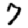
Digit: 7